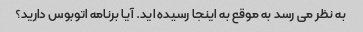
به نظر می رسد به موقع به اینجا رسیده اید. آیا برنامه اتوبوس دارید؟